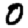
Digit: 0